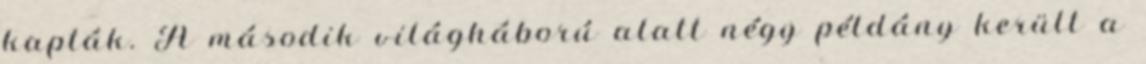
kapták. A második világháború alatt négy példány került a